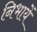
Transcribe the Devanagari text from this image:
निभायें